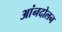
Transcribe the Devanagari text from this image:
आंनदोलन